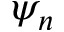
\psi _ { n }